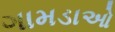
ગામડાઓ